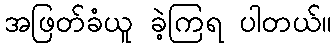
အဖြတ်ခံယူ ခဲ့ကြရ ပါတယ်။